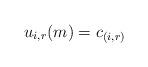
LaTeX: \begin{align*}u_{i, r}(m)=c_{(i, r)}\end{align*}